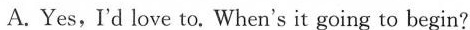
A. Yes,I'd love to. When's it going to begin?